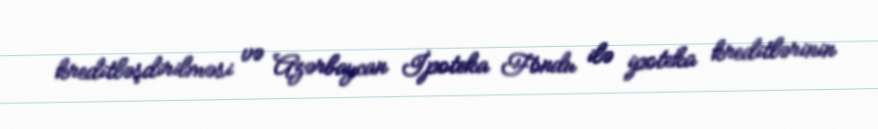
kreditləşdirilməsi və Azərbaycan İpoteka Fondu ilə ipoteka kreditlərinin